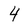
Character: 4